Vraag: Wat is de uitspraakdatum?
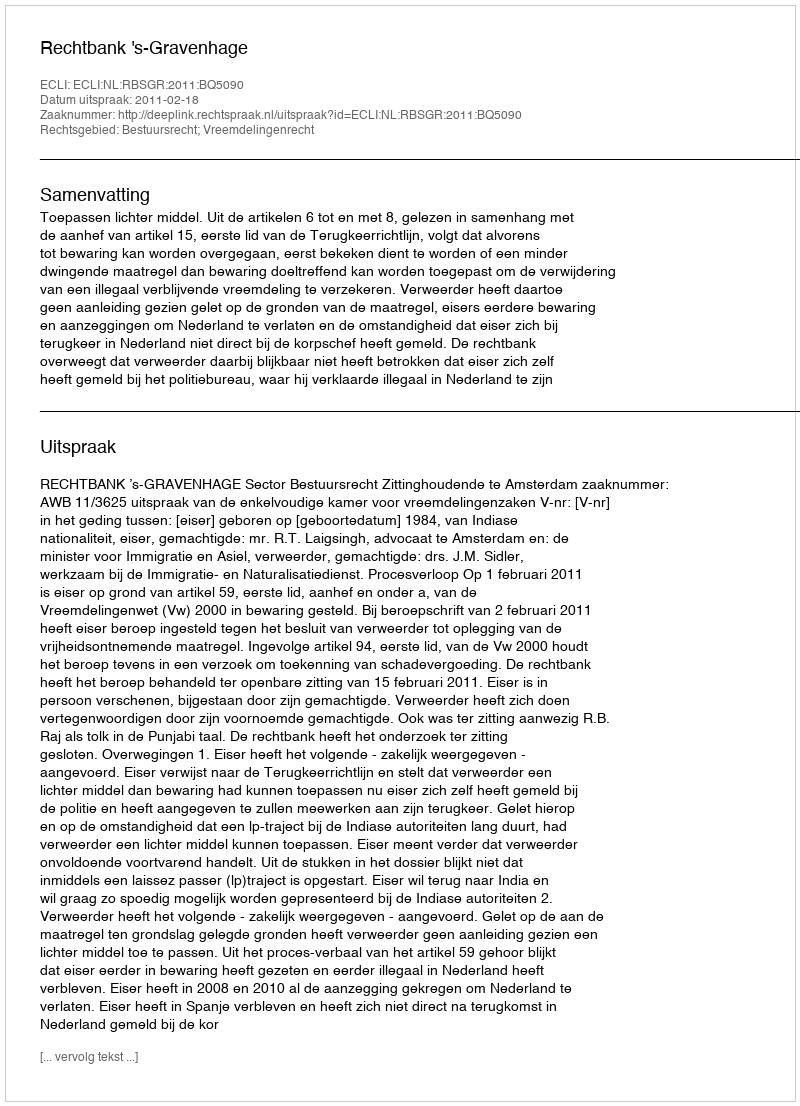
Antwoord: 2011-02-18